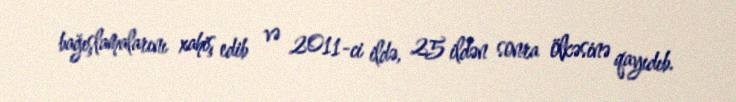
bağışlamalarını xahiş edib və 2011-ci ildə, 25 ildən sonra ölkəsinə qayıdıb.